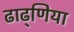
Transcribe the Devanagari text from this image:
ढाढ्णिया